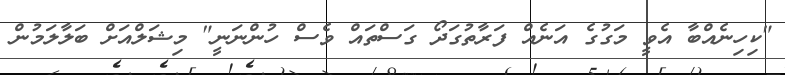
"ކިހިނެއްބާ އެވީ މަގުގެ އަނެއް ފަރާތުގަދޯ ގަސްތައް ވެސް ހުންނަނީ" މިޝަލްއަށް ބަލާލަމުން